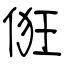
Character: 俇